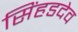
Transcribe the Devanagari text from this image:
सिंहडदेव